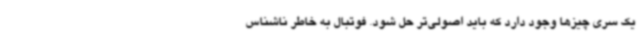
یک سری چیزها وجود دارد که باید اصولی‌تر حل شود. فوتبال به خاطر ناشناس